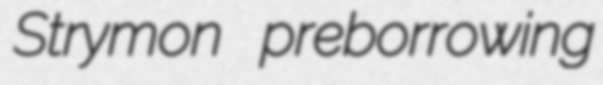
Strymon preborrowing